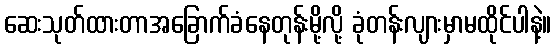
ဆေးသုတ်ထားတာအခြောက်ခံနေတုန်းမို့လို့ ခုံတန်းလျားမှာမထိုင်ပါနဲ့။